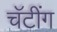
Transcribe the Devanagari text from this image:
चॅटींग